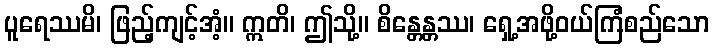
ပူရေဿမိ၊ ဖြည့်ကျင့်အံ့။ ဣတိ၊ ဤသို့။ စိန္တေန္တဿ၊ ရှေ့အဖို့ဝယ်ကြံစည်သော